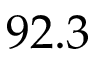
9 2 . 3